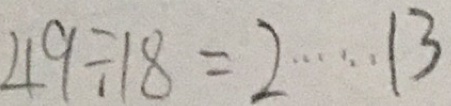
4 9 \div 1 8 = 2 \cdots 1 3